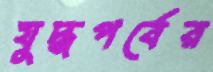
যুদ্ধপর্বের